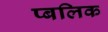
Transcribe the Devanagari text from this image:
प्बलिक